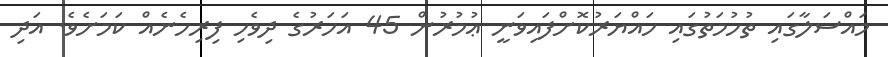
މައްސަލާގައި ތުހުމަތުގައި ހައްޔަރުކޮށްފައިވަނީ ޢުމުރުން 45 އަހަރުގެ ދިވެހި ފިރިހެނެއް ކަމަށެވެ. އަދި